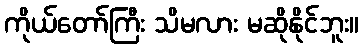
ကိုယ်တော်ကြီး သိမလား မဆိုနိုင်ဘူး။